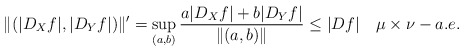
\begin{align*}\|(|D_Xf|,|D_Yf|)\|'=\sup_{(a,b)}\frac{a|D_Xf|+b|D_Yf|}{\|(a,b)\|}\le |Df|\quad\mu\times \nu-a.e.\end{align*}